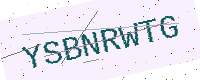
Text: YSBNRWTG